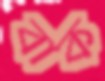
বাক